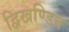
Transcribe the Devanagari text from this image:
द्विखण्डित